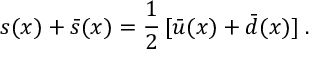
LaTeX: s ( x ) + \bar { s } ( x ) = \frac { 1 } { 2 } \, [ \bar { u } ( x ) + \bar { d } ( x ) ] \; .